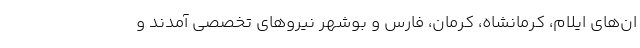
ان‌های ایلام، کرمانشاه، کرمان، فارس و بوشهر نیروهای تخصصی آمدند و